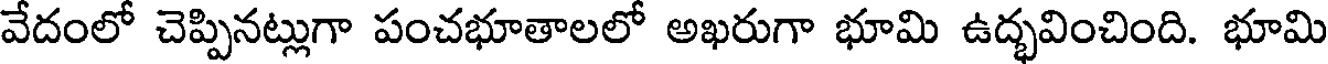
వేదంలో చెప్పినట్లుగా పంచభూతాలలో అఖరుగా భూమి ఉద్భవించింది. భూమి